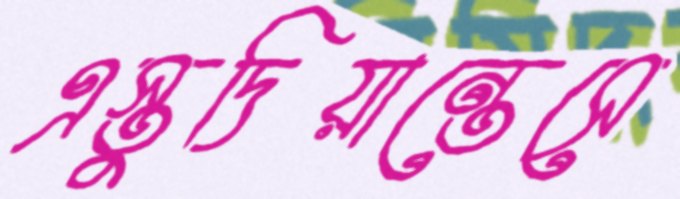
এস্তুদিয়ান্তেসে